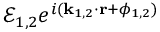
\mathcal { E } _ { 1 , 2 } e ^ { i ( { \bf k } _ { 1 , 2 } \cdot { \bf r } + \phi _ { 1 , 2 } ) }